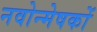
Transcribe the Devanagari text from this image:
नवोन्मेषकों